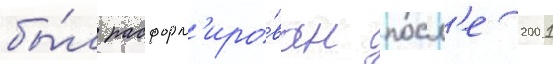
бы́л расформ'иро́ван посл'е 2001